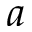
a